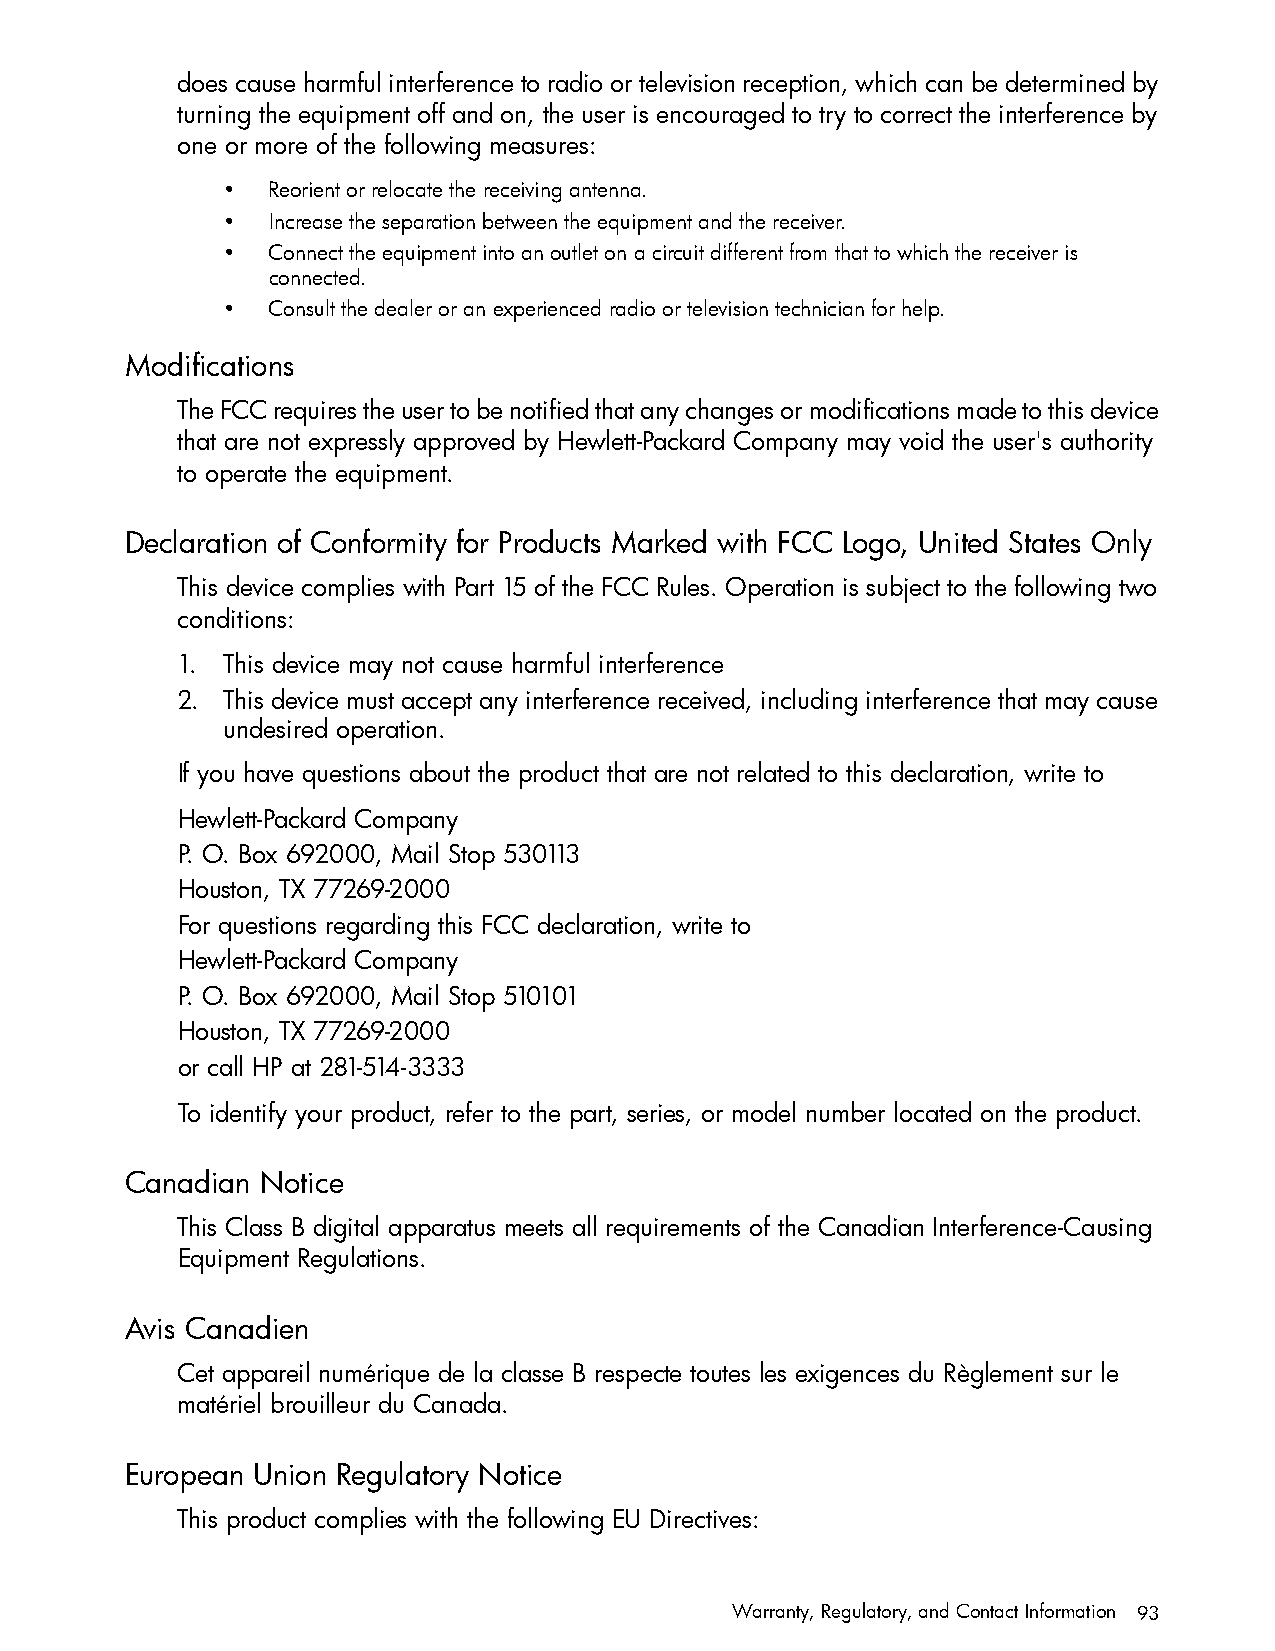
does cause harmful interference to radio or television reception, which can be determined by
 turning the equipment off and on, the user is encouraged to try to correct the interference by
 one or more of the following measures:
 •  Reorient or relocate the receiving antenna.
 •  Increase the separation between the equipment and the receiver.
 •  Connect the equipment into an outlet on a circuit different from that to which the receiver is
 connected.
 •  Consult the dealer or an experienced radio or television technician for help.
 Modifications
 The FCC requires the user to be notified that any changes or modifications made to this device
 that are not expressly approved by Hewlett-Packard Company may void the user's authority
 to operate the equipment.
 Declaration of Conformity for Products Marked with FCC Logo, United States Only
 This device complies with Part 15 of the FCC Rules. Operation is subject to the following two
 conditions:
 1. This device may not cause harmful interference
 2. This device must accept any interference received, including interference that may cause
 undesired operation.
 If you have questions about the product that are not related to this declaration, write to
 Hewlett-Packard Company
 P. O. Box 692000, Mail Stop 530113
 Houston, TX 77269-2000
 For questions regarding this FCC declaration, write to
 Hewlett-Packard Company
 P. O. Box 692000, Mail Stop 510101
 Houston, TX 77269-2000
 or call HP at 281-514-3333
 To identify your product, refer to the part, series, or model number located on the product.
 Canadian Notice
 This Class B digital apparatus meets all requirements of the Canadian Interference-Causing
 Equipment Regulations.
 Avis Canadien
 Cet appareil numérique de la classe B respecte toutes les exigences du Règlement sur le
 matériel brouilleur du Canada.
 European Union Regulatory Notice
 This product complies with the following EU Directives:
 Warranty, Regulatory, and Contact Information 93